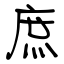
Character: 庶